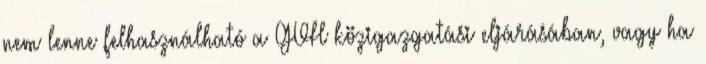
nem lenne felhasználható a GVH közigazgatási eljárásában, vagy ha